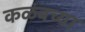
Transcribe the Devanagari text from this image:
कळंबच्या